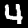
Digit: 4